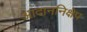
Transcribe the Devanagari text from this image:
आदाननिक्षेप